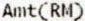
AMT(RM)